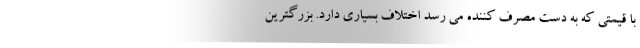
با قیمتی که به دست مصرف کننده می رسد اختلاف بسیاری دارد. بزرگترین